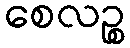
စေလဉ္စ